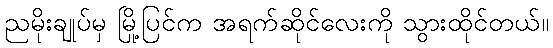
ညမိုးချုပ်မှ မြို့ပြင်က အရက်ဆိုင်လေးကို သွားထိုင်တယ်။